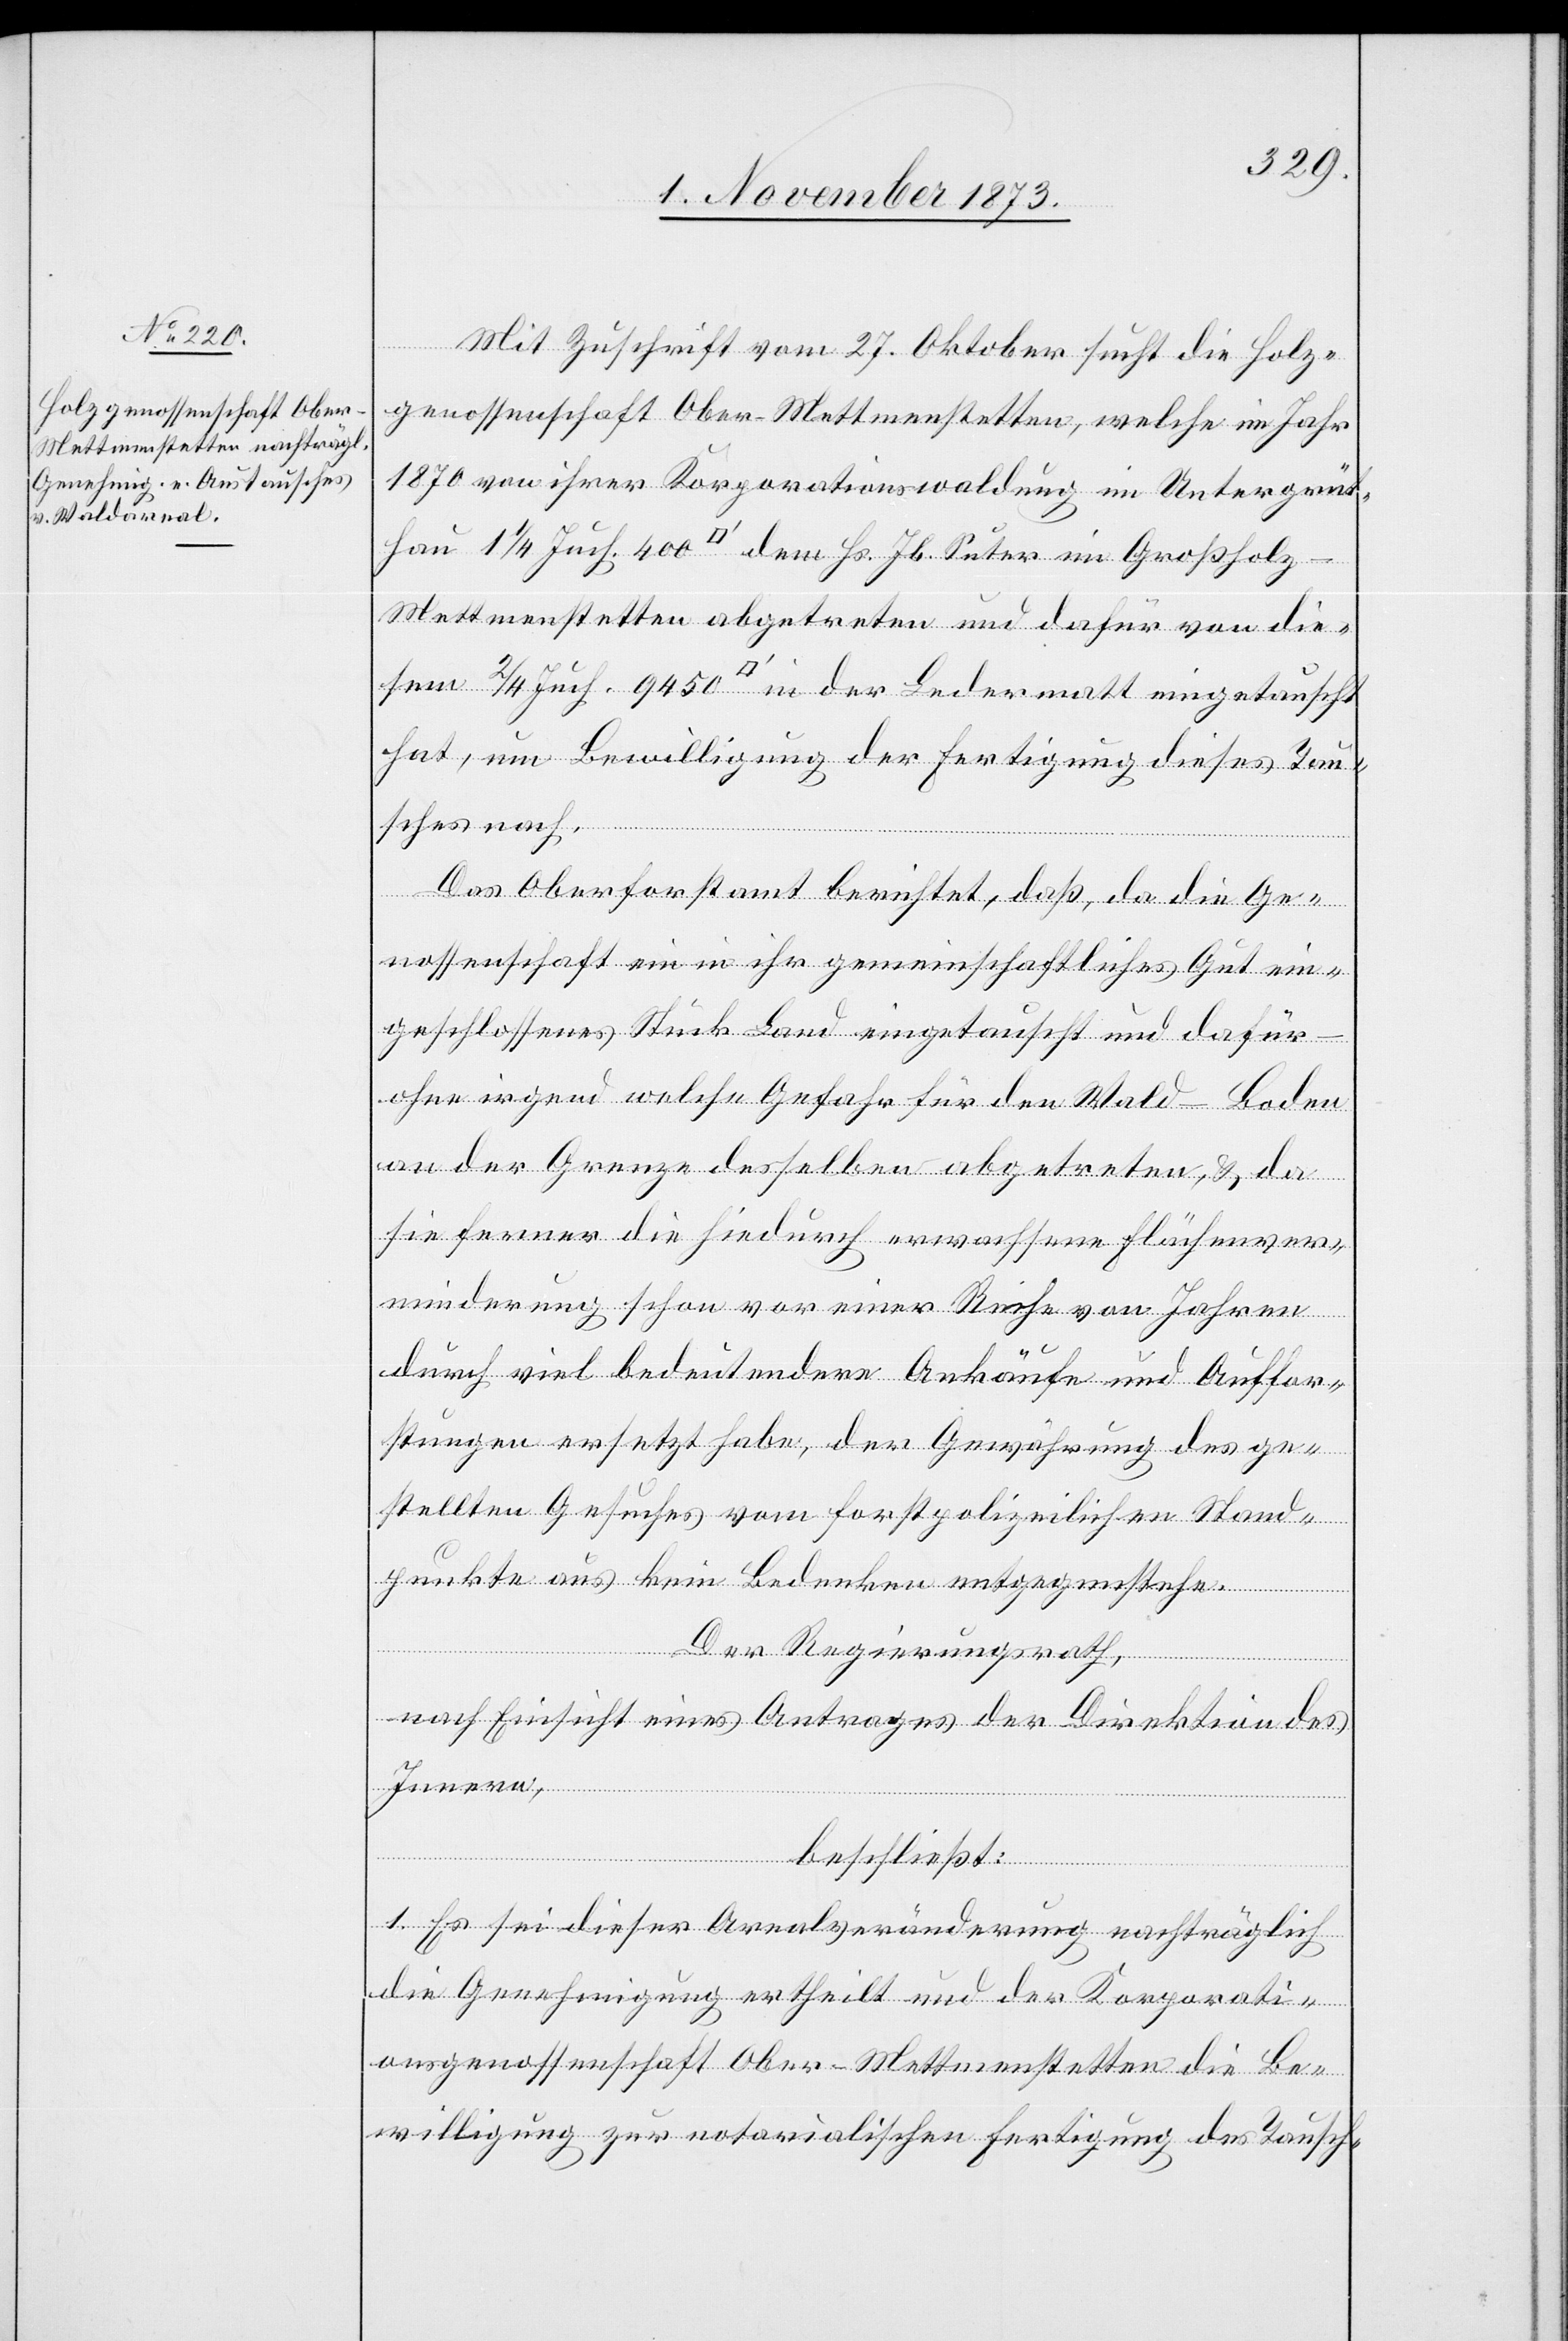
Mit Zuschrift vom 27. Oktober sucht die Holz¬
genossenschaft Ober-Mettmenstetten, welche im Jahr
1870 von ihrer Korporationswaldung im Untergrüt¬
in
ettmenstetten abgetreten und dafür von die¬
hat, um Bewilligung der Fertigung dieses Tau¬
sches nach.
Das Oberforstamt berichtet, daß, da die Ge¬
nossenschaft ein in ihr gemeinschaftliches Gut ein¬
geschlossenes Stück Land eingetauscht und dafür
sem
ohne irgend welche Gefahr für den Wald – Boden
an der Grenze desselben abgetreten, & da
sie ferner die hiedurch erwachsene Flächenver¬
minderung schon vor einer Reihe von Jahren
durch viel bedeutendere Ankäufe und Auffor¬
stungen ersetzt habe, der Gewährung des ge¬
stellten Gesuches vom forstpolizeilichen Stand¬
punkte aus kein Bedenken entgegenstehe.
Der Regierungsrath,
nach Einsicht eines Antrages der Direktion des
Innern,
getauscht
beschließt:
1. Es sei dieser Arealveränderung nachträglich
die Genehmigung ertheilt und der Korporati¬
onsgenossenschaft Ober-Mettmenstetten die Be¬
willigung zur notarialischen Fertigung des Tausch-